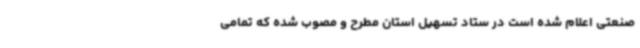
صنعتی اعلام شده است در ستاد تسهیل استان مطرح و مصوب شده که تمامی